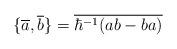
LaTeX: \begin{align*}\{\overline{a}, \overline{b}\}=\overline{\hbar^{-1}(ab-ba)}\end{align*}